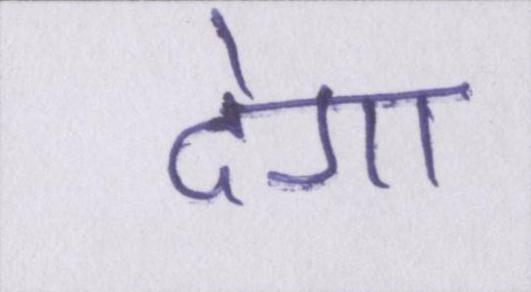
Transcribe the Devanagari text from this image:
देगा